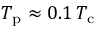
T _ { \mathrm { p } } \approx 0 . 1 \, T _ { \mathrm { c } }